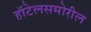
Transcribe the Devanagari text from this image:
हॉटेलसमोरील